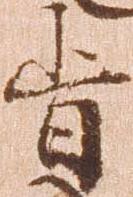
旨